Annual report on the working of the lock hospitals in the North-Western Provinces and Oudh
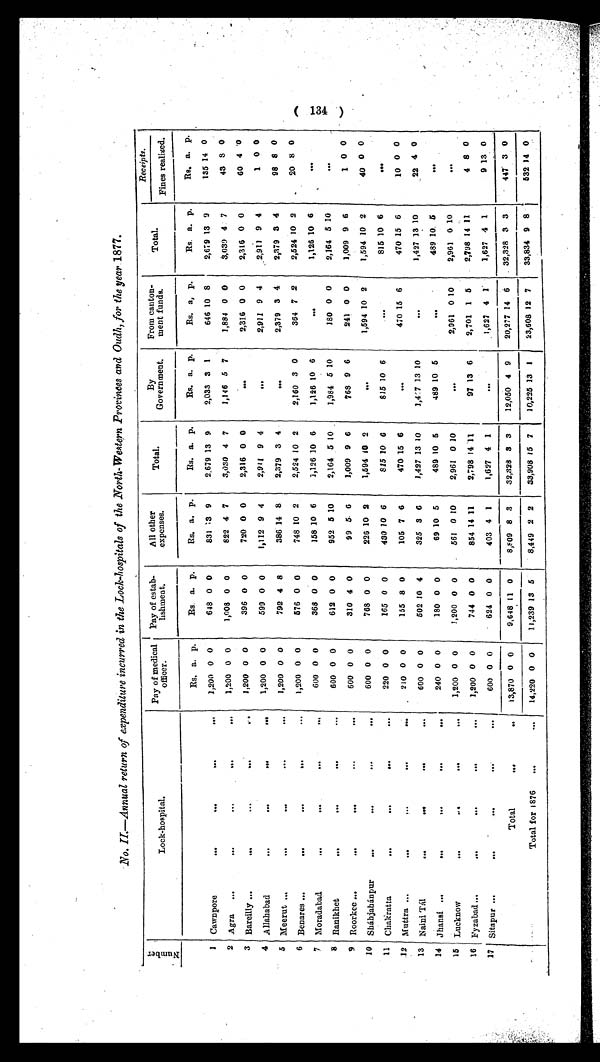
No. II-Annual return of expenditure incurred in the Lock-hospitals of the North-Western Provinces and Oudh, for the year 1877.
Number.
Lock-hospital.
Pay of medical
officer.
Pay of estab
lishment.
All other
expenses.
Total.
By
Government.
From canton
merit funds.
Total.
Receipts.
Fines realized.
Rs. a. p.
Rs. a. p.
Rs. a. p.
Rs. a. p.
Rs. a. p.
Rs. a. p.
Rs. a. p.
Rs. a. p.
1
Cawnpore
...
...
. . .
. . .
1,200 0 0
648 0 0
831 3 9
2,679 13 9
2,033 3 1
646 10 8
2,679 13 9
135 14 0
2 Agra
...
...
. . .
...
1,200 0 0
1,008 0 0
822 4 7
3,030 4 7
1,146 5 7
1,884 0 0
3,039 4 7
43 3 0
3 Bareilly ...
...
. . .
...
1,200 0 0
396 0 0
720 0 0
2,316 0 0
...
. . .
. . .
2,316 0 0
2,316 0 0
60 4 0
4 Allahabad...
...
...
. . .
1,200 0 0
599 0 0
1,112 9 4
2,911 9 4
. . . . . .
. . .
2,911 9 4
2,911 9 4
1 0 0
5 Meerut ...
...
. . .
. . .
1,200 0 0
792 4 8
386 14 8
2,379 3 4
... . . .
. . .
2,379 3 4
2,379 3 4
98 8 0
6 Benares ...
...
...
. . .
...
1,200 0 0
576 0 0
748 10 2
2,524 10 2
2,160 3 0
364 7 2
2,524 10 2
20 8 0
7
Moradabad ...
...
. . .
. . .
6 0 0 0 0
368 0 0
158 10 6
1,126 10 6
1,126 10 6
...
. . .
. . .
1,126 10 6
. . .
. . .
. . .
8 Ranikhet...
...
. . .
...
6 0 0 0 0
612 0 0
952 5 10
2,164 5 10
1,984 5 10
180 0 0
2,164 5 10
. . .
. . .
. . .
9 Roorkee ...
... ...
...
600 0 0
310 4 0
99 5 6
1,009 9 6
768 9 6
241 0 0
1,009 9 6
1 0 0
10 Sháhjahánpur ...
...
. . .
...
600 0 0
768 0 0
226 10 2
1,594 10 2
. . .
. . .
. . .
1,594 10 2
1,594 10 2
40 0 0
11
Chakratta ...
...
. . .
. . .
220 0 0
165 0 0
430 10 6
815 10 6
815 10 6
. . .
. . .
. . .
815 10 6
. . .
. . .
. . .
12
Muttra ...
. . .
. . .
210 0 0
155 8 0
105 7 6
470 15 6
. . .
. . .
. . .
470 15 6
470 15 6
10 0 0
13 Naini Tál ...
...
. . .
600 0 0
502 10 4
325 3 6
1,427 13 10
1,427 13 10
...
. . .
. . .
1,427 13 10
22 4 0
14 Jhansi ...
... ...
. . .
240 0 0
180 0 0
69 10 5
489 10 5
489 10 5
. . .
. . .
. . .
489 10 5
. . .
. . . . . .
15 Lucknow
...
..
. . .
. . .
1,200 0 0
1,200 0 0
561 0 10
2,961 0 10
. . . . . .
. . .
2,961 0 10
2,961 0 10
. . . . . . . . .
16 Fyzabad ...
...
...
. . .
. . .
1,200 0 0
744 0 0
854 14 11
2,798 14 11
97 13 6
2,701 1 5
2,798 14 11
4 8 0
17 Sitapur ...
... ...
. . .
. . .
600 0 0
624 0 0
403 4 1
1,627 4 1
... . . .
. . .
1,627 4 1
1,627 4 1
9 13 0
Total ...
. . .
1 3 , 8 7 0 0 0
9,648 11 0
8,809 8 3
32,328 3 3
12,050 4 9
20,277 14 6
32,328 3 3
447 3 0
Total for 1876
...
. . . 14,220 0 0
11,239 13 5
8,449 2 2
33,908 15 7
10,225 13 1
23,608 12 7
33,834 9 8
532 14 0
0.7